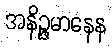
အနိဉ္ဇမာနေန